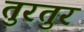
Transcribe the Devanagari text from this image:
तुरतुर